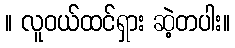
။ လူဝယ်ထင်ရှား ဆဲ့တပါး။